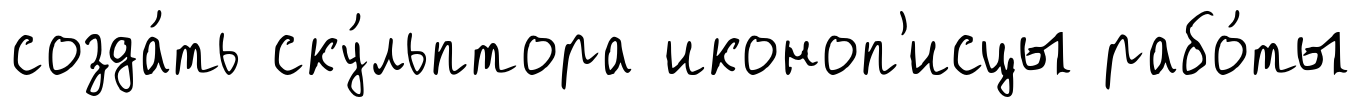
созда́ть ску́льптора иконоп'исцы рабо́ты